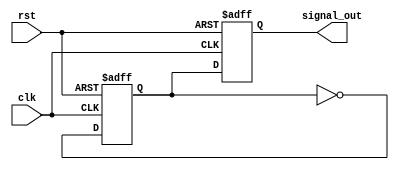
module DelayExample(
    input wire clk,
    input wire rst,
    output reg signal_out
);

// Internal signal
reg signal_temp;

always @(posedge clk or posedge rst) begin
    if (rst) begin
        signal_temp <= 0;
        signal_out <= 0;
    end else begin
        // Change the temporary signal after a delay of 10 time units
        #10 signal_temp <= ~signal_temp; // Toggle signal_temp after 10 time units
        signal_out <= signal_temp; // Assign the delayed value to signal_out
    end
end

endmodule